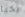
يحيا